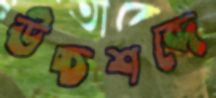
উচ্চশব্দে